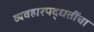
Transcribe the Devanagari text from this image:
व्यवहारपद्धतींचा